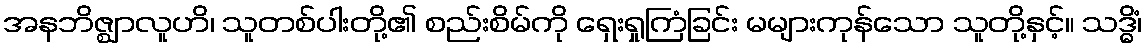
အနဘိဇ္ဈာလူဟိ၊ သူတစ်ပါးတို့၏ စည်းစိမ်ကို ရှေးရှုကြံခြင်း မများကုန်သော သူတို့နှင့်။ သဒ္ဓိံ၊